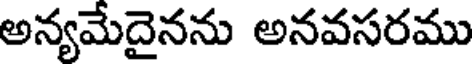
అన్యమేదైనను అనవసరము